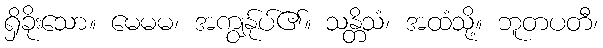
ရှိခိုးသော။ မေမမ၊ အကျွန်ုပ်၏။ သန္တိသံ၊ အထံသို့။ ဘူတပတီ၊